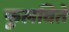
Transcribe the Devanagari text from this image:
फुलविते